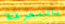
بالمعرفة